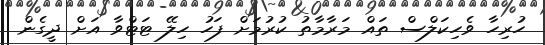
ހުރިހާ ވެހިކަލްސް ތައް މަރާމާތު ކުރުމަށް ފަހު ހިލޭ ޓަޓްވާ އަށް ދީގެން